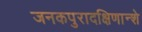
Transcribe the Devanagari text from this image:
जनकपुरादक्षिणान्शे